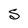
Character: S